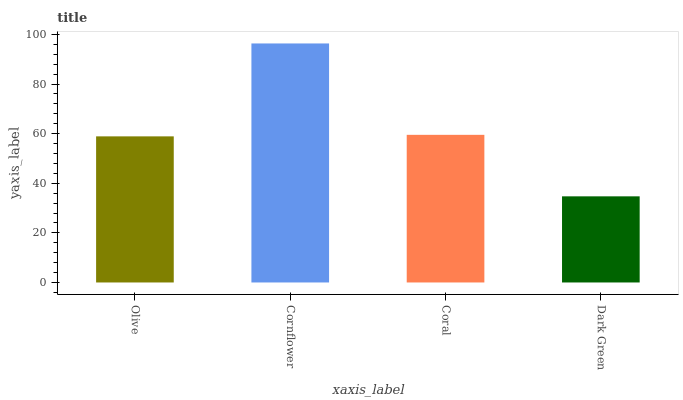
| xaxis_label | bars |
 | --- | --- |
 | Olive | 58.9 |
 | Cornflower | 96.4 |
 | Coral | 59.5 |
 | Dark Green | 34.7 |